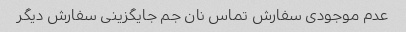
عدم موجودی سفارش تماس نان جم جایگزینی سفارش دیگر